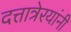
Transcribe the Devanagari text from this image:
दत्तात्रेरयांनी